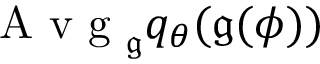
\mathrm { ~ A ~ v ~ g ~ } _ { \mathfrak { g } } q _ { \theta } ( \mathfrak { g } ( \phi ) )